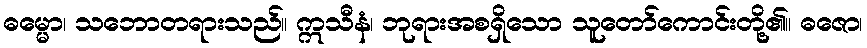
ဓမ္မော၊ သဘောတရားသည်။ ဣသီနံ၊ ဘုရားအစရှိသော သူတော်ကောင်းတို့၏။ ဓဇော၊